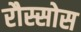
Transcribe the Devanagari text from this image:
रौस्सोस